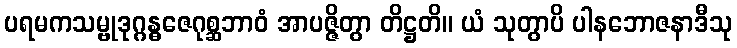
ပရမကသမ္ဗုဒုဂ္ဂန္ဓဇေဂုစ္ဆဘာဝံ အာပဇ္ဇိတွာ တိဋ္ဌတိ။ ယံ သုတွာပိ ပါနဘောဇနာဒီသု